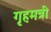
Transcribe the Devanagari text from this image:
गृहमत्री